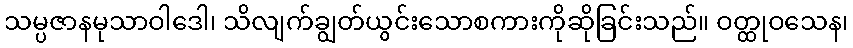
သမ္ပဇာနမုသာဝါဒေါ၊ သိလျက်ချွတ်ယွင်းသောစကားကိုဆိုခြင်းသည်။ ဝတ္ထုဝသေန၊